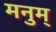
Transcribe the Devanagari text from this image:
मनुम्‌